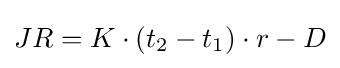
JR=K\cdot (t_{2}-t_{1})\cdot r-D